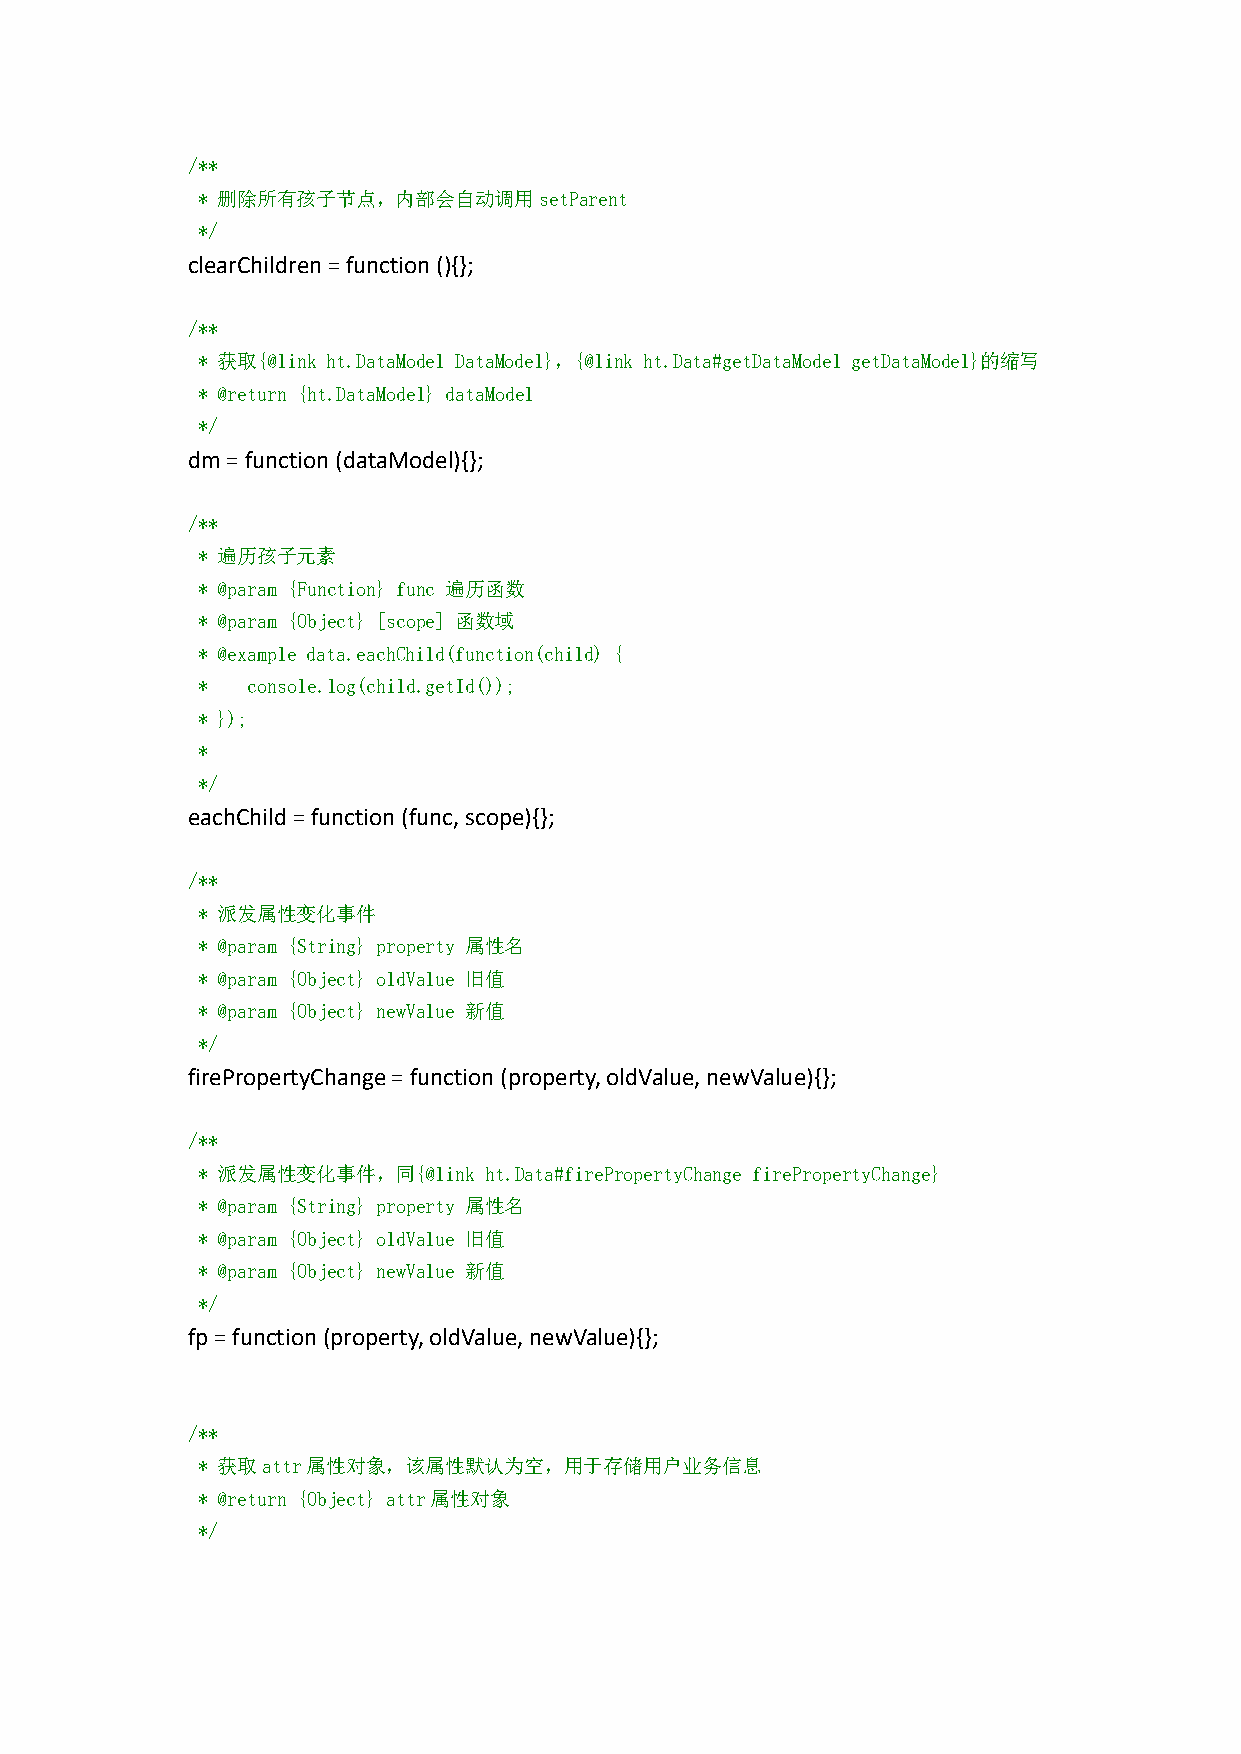
/**
 * 删除所有孩子节点，内部会自动调用setParent
 */
 clearChildren=function(){};
 /**
 * 获取{@link ht.DataModel DataModel}，{@link ht.Data#getDataModel getDataModel}的缩写
 * @return {ht.DataModel} dataModel
 */
 dm=function(dataModel){};
 /**
 * 遍历孩子元素
 * @param {Function} func 遍历函数
 * @param {Object} [scope] 函数域
 * @example data.eachChild(function(child) {
 *  console.log(child.getId());
 * });
 *
 */
 eachChild=function(func, scope){};
 /**
 * 派发属性变化事件
 * @param {String} property 属性名
 * @param {Object} oldValue 旧值
 * @param {Object} newValue 新值
 */
 firePropertyChange=function(property,oldValue,newValue){};
 /**
 * 派发属性变化事件，同{@link ht.Data#firePropertyChange firePropertyChange}
 * @param {String} property 属性名
 * @param {Object} oldValue 旧值
 * @param {Object} newValue 新值
 */
 fp=function(property,oldValue,newValue){};
 /**
 * 获取attr属性对象，该属性默认为空，用于存储用户业务信息
 * @return {Object} attr属性对象
 */